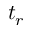
t _ { r }